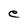
Character: e